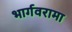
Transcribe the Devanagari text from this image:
भार्गवरामा